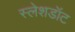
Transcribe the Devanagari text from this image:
स्लेशडॉट